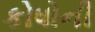
કોષોની